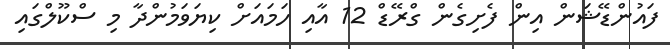
ފައުންޑޭޝަން އިން ފެށިގެން ގްރޭޑް 12 އާއި ހަމައަށް ކިޔަވަމުންދާ މި ސްކޫލްގައި